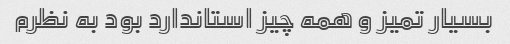
بسیار تمیز و همه چیز استاندارد بود به نظرم